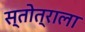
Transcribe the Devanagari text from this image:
स्तोत्राला